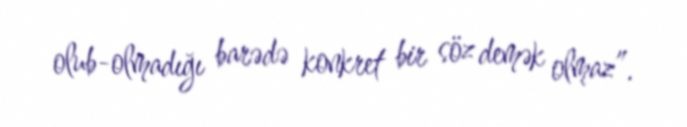
olub-olmadığı barədə konkret bir söz demək olmaz”.